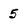
Character: 5